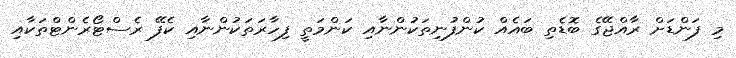
މި ފަންޑަށް ރާއްޖޭގެ ބޮޑެތި ބައެއް ކުންފުނިތަކުންނާއި ކަންމަތީ ފިހާރަތަކުންނާއި ކެފޭ ރެސްޓޯރެންޓްތަކާއި